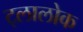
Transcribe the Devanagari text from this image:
ट्लालोक